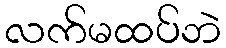
လက်မထပ်ဘဲ